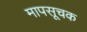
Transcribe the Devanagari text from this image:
मापसूचक